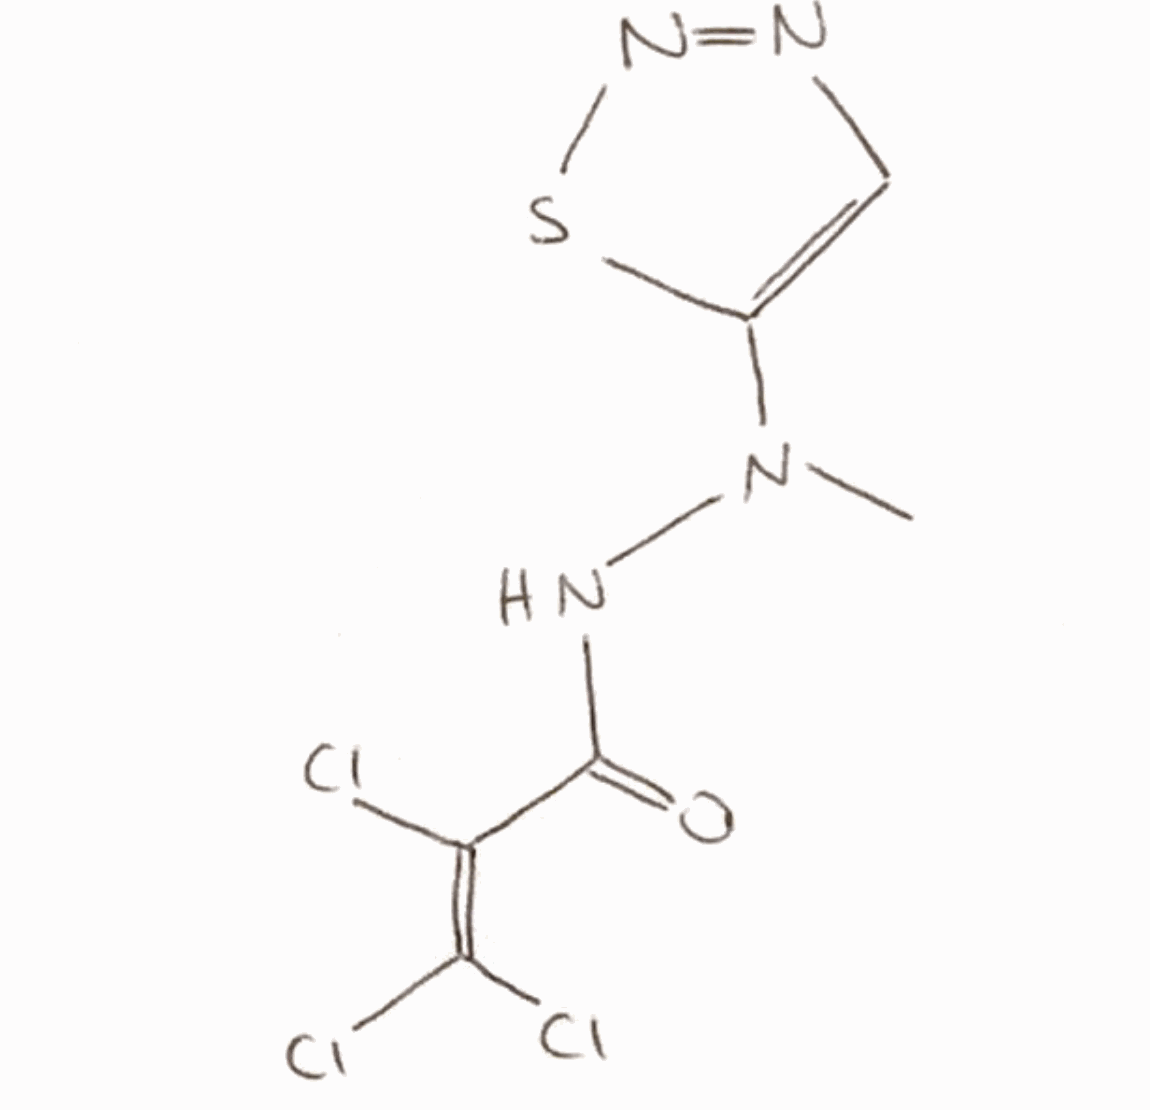
Simplified molecular-input line-entry system (SMILES) notation of the given molecule:
CN(C1=CN=NS1)NC(=O)C(=C(Cl)Cl)Cl